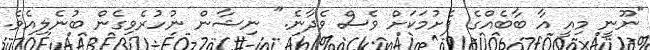
"ނޫނީ މިއީ އާ ބާބެއްގެ ފެށުމަކަށް ވެސް ވެދާނެ." ނިޝާން ނުހުރެވިގެން ބުނެލިއެވެ.